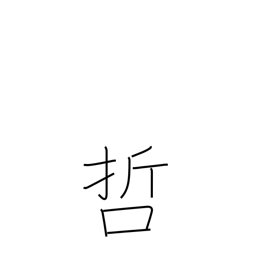
Meaning: philosophy